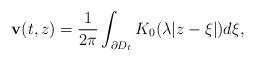
LaTeX: \begin{align*}\mathbf{v}(t,z)=\frac{1}{2\pi}\int_{\partial D_{t}}K_{0}(\lambda|z-\xi|)d\xi,\end{align*}